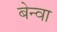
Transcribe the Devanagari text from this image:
बेन्वा